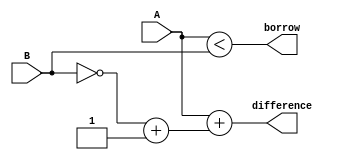
module structural_subtractor (
    input [3:0] A,
    input [3:0] B,
    output [3:0] difference,
    output borrow
);

wire [3:0] B_complement;
wire [3:0] B_complement_plus_one;
wire [3:0] sum;
wire [3:0] borrow_propagation;

assign B_complement = ~B;
assign B_complement_plus_one = B_complement + 1;
assign sum = A + B_complement_plus_one;
assign borrow_propagation = A < B;

assign difference = sum;
assign borrow = borrow_propagation;

endmodule